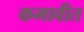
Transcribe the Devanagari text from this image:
कमावीत